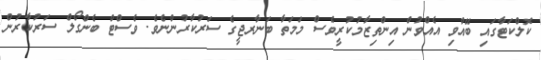
ކޮލްކަޓާގައި ބޭއްވި އެއްވުން އިންތިޒާމުކުރީވެސް މަމަތާ ބަނާރޖީގެ ސަރުކާރުންނެވެ. ވެސްޓް ބެންގޯލް ސަރުކާރުން